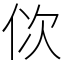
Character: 佽